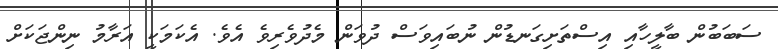
ސަބަބުން ބާލީހާއި އިސްތަށިގަނޑުން ނުބައިވަސް ދުވަން މެދުވެރިވެ އެވެ. އެކަމަކީ އަރާމު ނިންޖަކަށް